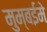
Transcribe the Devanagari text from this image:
मुम्बईमे